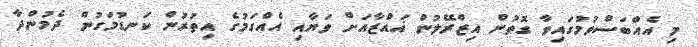
މި އެއްބަސްވުމުގައިވާ ގޮތުން އިޒްރޭލުން ޣައްޒާއަށް ވަޔާއި އެއްގަމުގެ އިތުރުން ކަނޑުމަގުން ދެމުންދާ